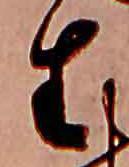
生